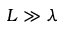
L \gg \lambda